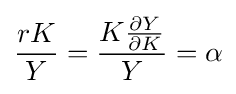
{\frac {rK}{Y}}={\frac {K{\frac {\partial Y}{\partial K}}}{Y}}=\alpha